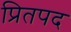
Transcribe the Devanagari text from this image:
प्रितपद